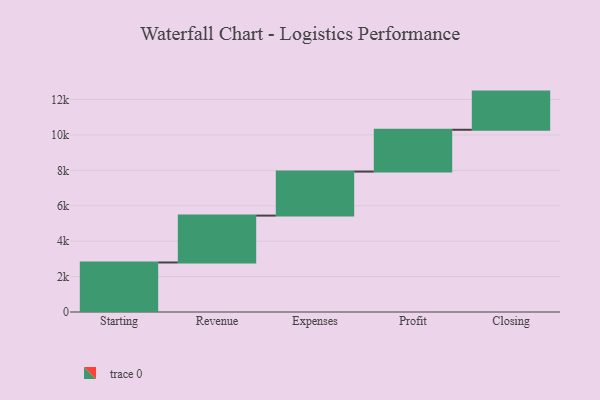
{"axis": {"x": "Step", "y": "Value"}, "legend": [""], "data": [{"x": "Starting", "y": 2797.0, "type": ""}, {"x": "Revenue", "y": 2647.0, "type": ""}, {"x": "Expenses", "y": 2486.0, "type": ""}, {"x": "Profit", "y": 2362.0, "type": ""}, {"x": "Closing", "y": 2156.0, "type": ""}]}